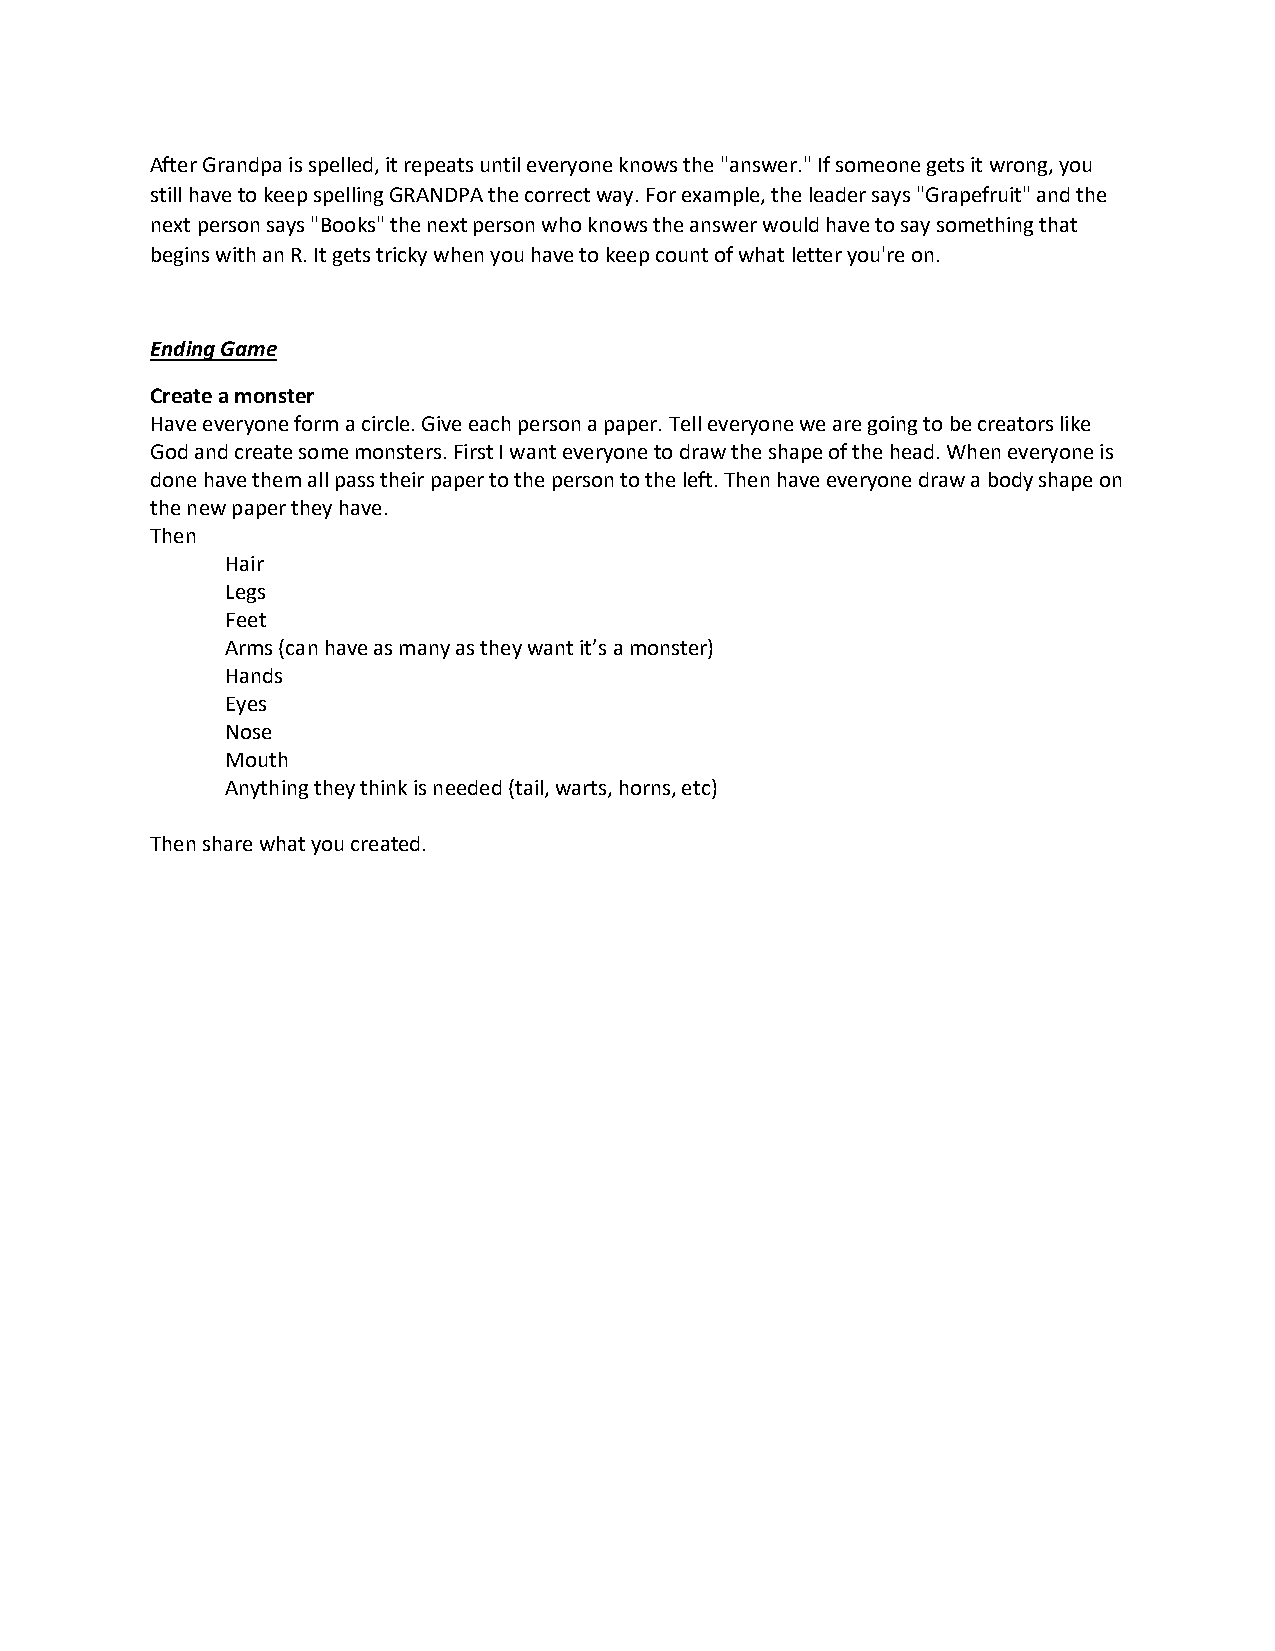
After Grandpa is spelled, it repeats until everyone knows the "answer." If someone gets it wrong, you
 still have to keep spelling GRANDPA the correct way. For example, the leader says "Grapefruit" and the
 next person says "Books" the next person who knows the answer would have to say something that
 begins with an R. It gets tricky when you have to keep count of what letter you're on.
 Ending Game
 Create a monster
 Have everyone form a circle. Give each person a paper. Tell everyone we are going to be creators like
 God and create some monsters. First I want everyone to draw the shape of the head. When everyone is
 done have them all pass their paper to the person to the left. Then have everyone draw a body shape on
 the new paper they have.
 Then
 Hair
 Legs
 Feet
 Arms (can have as many as they want it’s a monster)
 Hands
 Eyes
 Nose
 Mouth
 Anything they think is needed (tail, warts, horns, etc)
 Then share what you created.